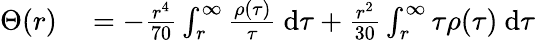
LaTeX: \begin{array}{rl}{\Theta(r)}&{{}=-\frac{r^{4}}{70}\int_{r}^{\infty}\frac{\rho(\tau)}{\tau}~\mathrm{d}\tau+\frac{r^{2}}{30}\int_{r}^{\infty}\tau\rho(\tau)~\mathrm{d}\tau}\end{array}